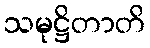
သမုဋ္ဌိတာတိ